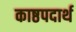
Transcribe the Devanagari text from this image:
काष्ठपदार्थ